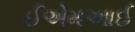
ઈએમઆઈ